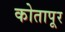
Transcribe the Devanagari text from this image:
कोतापूर